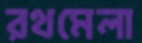
রথমেলা